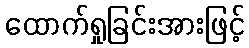
ထောက်ရှုခြင်းအားဖြင့်